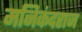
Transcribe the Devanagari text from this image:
मनिकंदराज